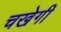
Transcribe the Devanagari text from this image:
चखेगी